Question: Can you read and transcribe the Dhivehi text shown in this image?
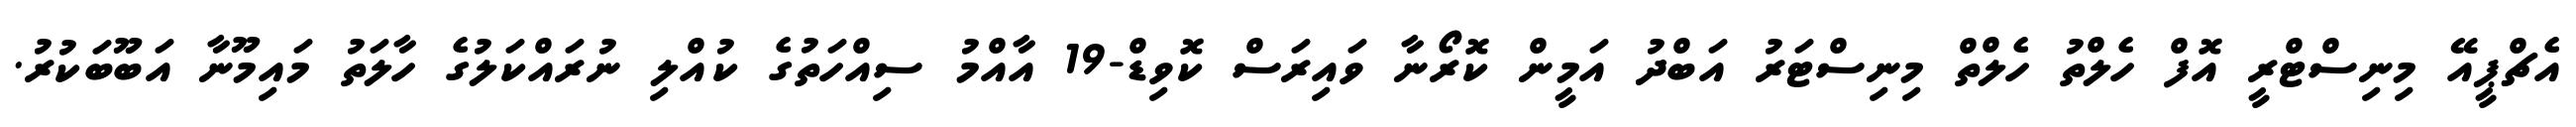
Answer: އެޗްޕީއޭ މިނިސްޓްރީ އޮފް ހެލްތު ހެލްތް މިނިސްޓަރު އަބްދު އަމީން ކޮރޯނާ ވައިރަސް ކޮވިޑް-19 އާއްމު ސިއްހަތުގެ ކުއްލި ނުރައްކަލުގެ ހާލަތު މައިމޫނާ އަބޫބަކުރު.